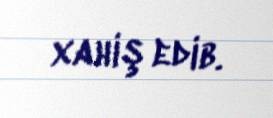
xahiş edib.